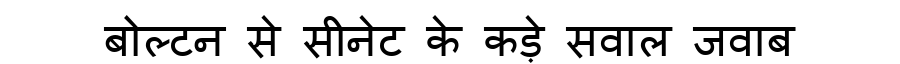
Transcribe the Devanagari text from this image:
बोल्टन से सीनेट के कड़े सवाल जवाब